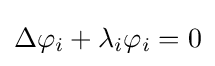
\Delta \varphi _{i}+\lambda _{i}\varphi _{i}=0